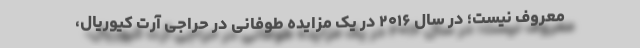
معروف نیست؛ در سال ۲۰۱۶ در یک مزایده‌ طوفانی در حراجی آرت کیوریال،